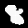
Label: 8